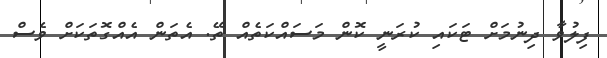
ފިލުވާ ދިނުމަށް ޓަކައި ކުރަނީ ކޮން މަސައްކަތެއް ތޭ. އެތަން އެއްގޮތަކަށް ވެސް